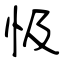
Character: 忣